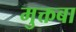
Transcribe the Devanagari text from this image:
मुक्तबा